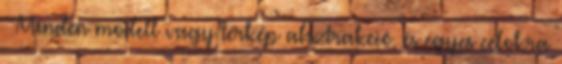
Minden modell vagy térkép absztrakció, és egyes célokra